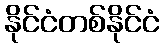
နိုင်ငံတစ်နိုင်ငံ